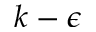
k - \epsilon